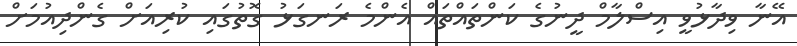
އޭނާ ވިދާޅުވީ އިސްލާމް ދީނުގެ ކަންތައްތައް އެންމެ ރަނގަޅު ގޮތުގައި ކުރިއަށް ގެންދިއުމަށް